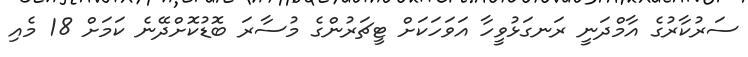
ސަރުކާރުގެ އާމްދަނީ ރަނގަޅުވީހާ އަވަހަކަށް ޓީޗަރުންގެ މުސާރަ ބޮޑުކޮށްދޭނެ ކަމަށް 18 މެއި